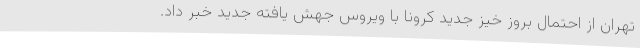
تهران از احتمال بروز خیز جدید کرونا با ویروس جهش یافته جدید خبر داد.